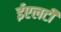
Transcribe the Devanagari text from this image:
ईएलटी